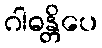
ဂါဓန္တိပေ